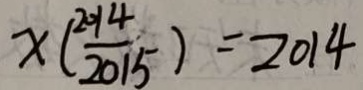
x ( \frac { 2 0 1 4 } { 2 0 1 5 } ) = 2 0 1 4